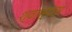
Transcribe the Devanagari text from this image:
श्वास्यंत्र